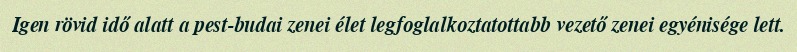
Igen rövid idő alatt a pest-budai zenei élet legfoglalkoztatottabb vezető zenei egyénisége lett.